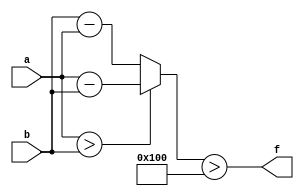
module wce_mit(a, b, f);
parameter _bit = 64;
parameter wce = 256;
input [_bit - 1: 0] a;
input [_bit - 1: 0] b;
output f;
wire [_bit - 1: 0] diff;
assign diff = (a > b)? (a - b): (b - a);
assign f = (diff > wce);
endmodule